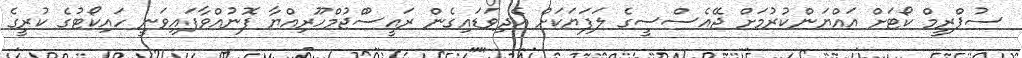
ސުޕްރީމް ކޯޓަށް އައްޔަންކުރުމަށް ޖޭއެސްސީގެ ލަފަޔަކަށް އެދިވަޑައިގެން ރައީސުްޖުމްހޫރިއްޔާ ފޮނުއްވާފައިވަނީ ހައިކޯޓުގެ ކުރީގެ